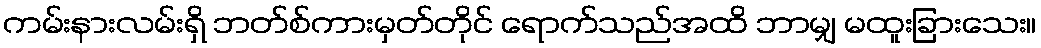
ကမ်းနားလမ်းရှိ ဘတ်စ်ကားမှတ်တိုင် ရောက်သည်အထိ ဘာမျှ မထူးခြားသေး။